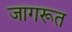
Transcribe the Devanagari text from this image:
जागरूत